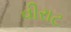
વીરાટ